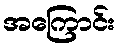
အကြောင်း